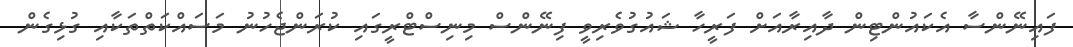
ފައިނޭންސާ އެކައުންޓިން ދާއިރާއަށް ފަރީހާ ޝައުގުވެރިވީ ފިނޭންސް މިނިސްޓްރީގައި ކުރަންޖެހުނު މަސައްކަތްތަކާއި ގުޅިގެން